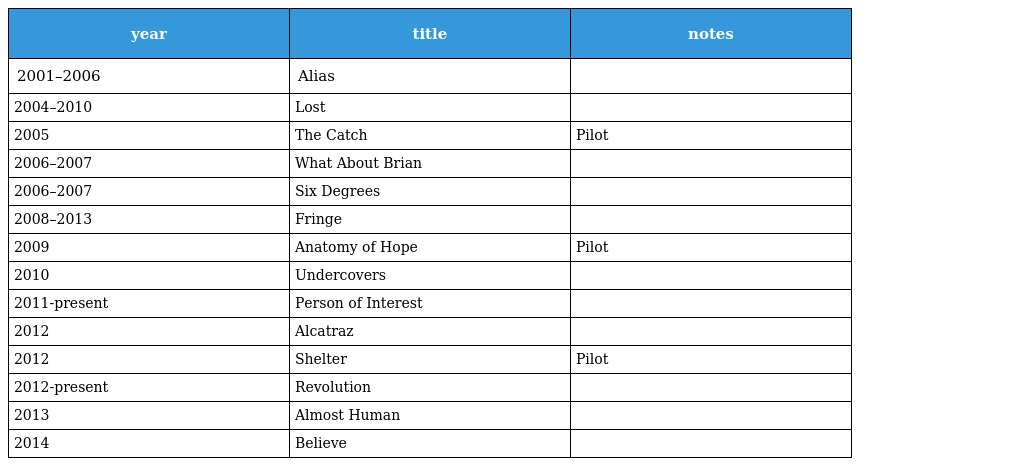
| year | title | notes |
 | --- | --- | --- |
 | 2001–2006 | Alias |  |
 | 2004–2010 | Lost |  |
 | 2005 | The Catch | Pilot |
 | 2006–2007 | What About Brian |  |
 | 2006–2007 | Six Degrees |  |
 | 2008–2013 | Fringe |  |
 | 2009 | Anatomy of Hope | Pilot |
 | 2010 | Undercovers |  |
 | 2011-present | Person of Interest |  |
 | 2012 | Alcatraz |  |
 | 2012 | Shelter | Pilot |
 | 2012-present | Revolution |  |
 | 2013 | Almost Human |  |
 | 2014 | Believe |  |